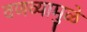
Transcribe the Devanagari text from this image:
वणव्यामुळे